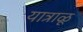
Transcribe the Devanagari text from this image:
यात्राळू